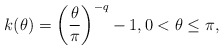
\begin{align*} k(\theta) = \left( \frac{\theta}{\pi} \right)^{-q} - 1, 0 < \theta \leq \pi, \end{align*}